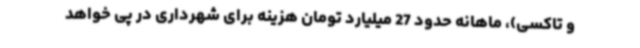
و تاکسی)، ماهانه حدود 27 میلیارد تومان هزینه برای شهرداری در پی خواهد